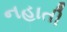
નહાતી